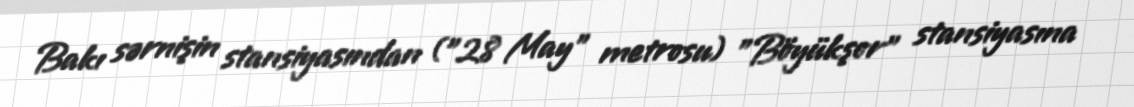
Bakı sərnişin stansiyasından ("28 May" metrosu) "Böyükşor" stansiyasına